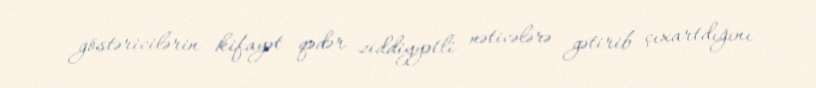
göstəricilərin kifayət qədər ziddiyyətli nəticələrə gətirib çıxartdığını